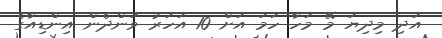
އަދި މިދިޔަ މޭ މަހާ ހަމަ އަށް 10 އަހަރު ވަންދެން އިންޑިއާގެ